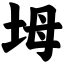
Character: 坶